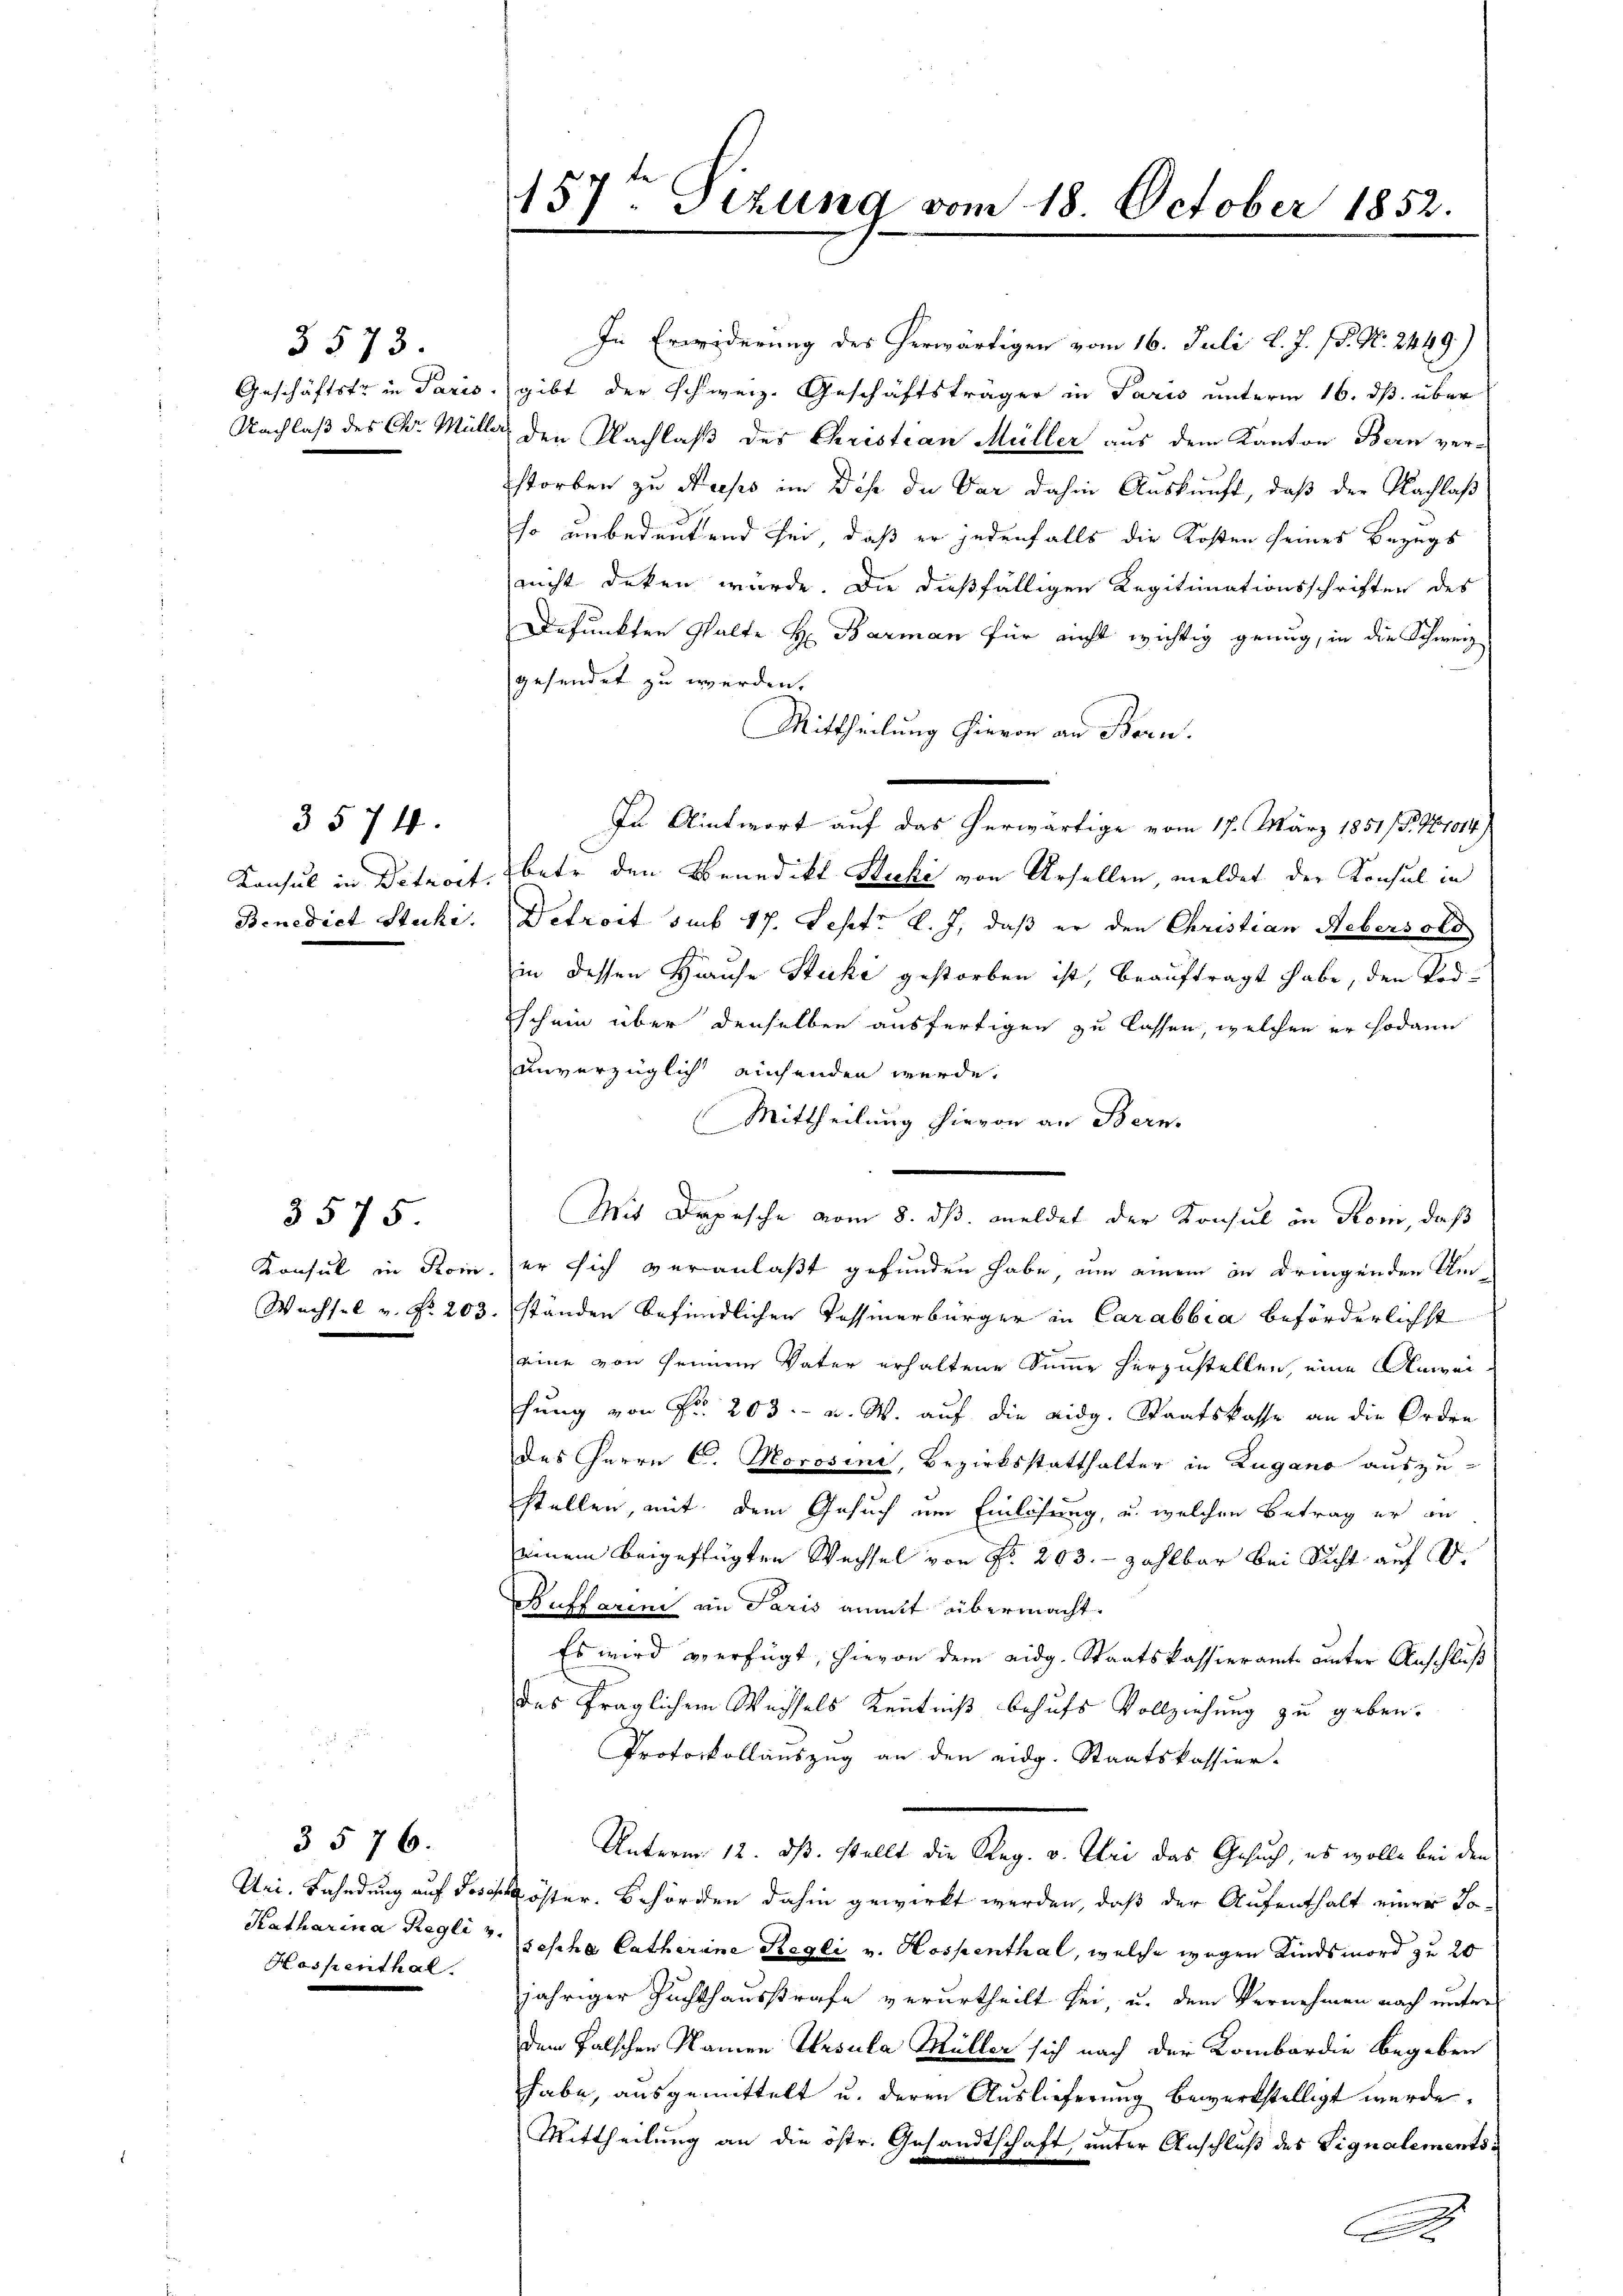
Geschäftster in Paris.
Nachlaß des Chr. Müller

§ 573.

Konsul in Betrost.
Benedict Stuhi.

3574.

Konsul in Poin
Wachsel v. Nr. 203.

3575

3576.
Uri, Fahndung auf Jose
Katharina Regli v.
Hospenthal.

157ten Sizung vom 18. October 1852.

In Erwiderung des herwärtigen vom 16. Juli l. J. P. Nr. 2449.)
gibt der schweiz. Geschäftsträger in Paris unterm 16. ds. über
den Nachlaß des Christian Müller aus dem Kanton Bern ver-
storben zu Niess im Dis die Var dahin Auskunft, daß der Nachlaß
so unbedeutend sei, daß er jedenfalls die Kosten seines Bezugs
nicht deken würde. Die dießfälligen Regitimationsschriften des
Defunkten Walte H. Barman für nicht wichtig genug, in die Schweiz
gesendet zu werden.
Mittheilung hievon an Bern.
In Antwort auf das herwärtige vom 17. März 1851/B. 181014/
betr den Benedikt Stucki von Ursellen, meldet der Konsul in
Vetrost sub 17. Sept. l. J. daß er den Christian Aeberseko
in dessen Kranche Stücke gestorben ist, beauftragt habe, den Todschein über denselben ausfertigen zu lassen, welchen er sodann
unverzüglich auchenden werde.
Mittheilung hievon an Bern.
Mit Depesche vom 8. ds. meldet der Konsul in Koni, daß
er sich veranlaßt gefunden habe, um einem in dringenden Umständen befindlichen Passierbürger in Carabbia beförderlichst
eine von seinem Vater erhaltene Summe herzustellen, eine Anweihung von Fr. 203. v. W. auf die eidg. Staatskasse an die Ordre
des Herrn C. Morosine, Bezirksstatthalter in Zugano auszu-
stellen, mit dem Gesuch um Einlösung, u. welchen Betrag er an
einem beigefügten Wechsel von Nr. 203. - Zahlbar bei Sicht auf d
Buffarine an Paris anmit übermacht.
Es wird verfügt, hievon dem eidg. Staatskassieramt unter Anschluß
des fraglichem Wechsels Kenntniß behufs Vollziehung zu geben.
Protocollauszug an den eidg. Staatskassier-
Unterm 12. ds. stellt die Reg. v. Uri das Gesuch, es wolle bei den
Köster. Behörden dahin gewirkt werden, daß der Aufenthalt einer To¬
Joscha Catharine Regli v. Hospenthal, welche wegen Kindsmord zu 20
jähriger Zuchthausstrafe verurtheilt sei, u. dem Vernehmen nach unter
dem falschen Namen Ursula Müller sich nach der Kombardie begeben
habe, ausgemittelt u. deren Auslieferung bewerkstelligt wurde.
Mittheilung an die östr. Gesandtschaft, unter Anschluß des Signalementsx